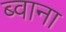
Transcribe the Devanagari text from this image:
ब्वाना